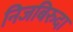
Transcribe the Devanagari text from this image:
निजबिरुदा